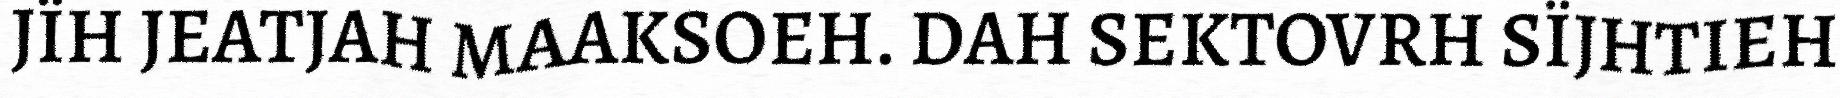
JÏH JEATJAH MAAKSOEH. DAH SEKTOVRH SÏJHTIEH